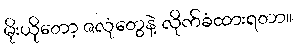
မိုးယိုတော့ ဇလုံတွေနဲ့ လိုက်ခံထားရတာ။